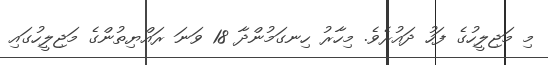
މި މަޖިލީހުގެ ފަހު ދައުރެވެ. މިހާރު ހިނގަމުންދާ 18 ވަނަ ރައްޔިތުންގެ މަޖިލީހުގައި